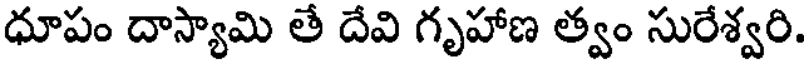
ధూపం దాస్యామి తే దేవి గృహాణ త్వం సురేశ్వరి.